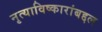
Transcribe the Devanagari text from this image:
नृत्याविष्कारांबद्दल